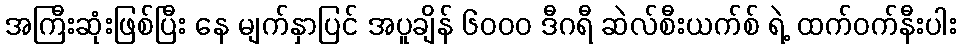
အကြီးဆုံးဖြစ်ပြီး နေ မျက်နှာပြင် အပူချိန် ၆၀၀၀ ဒီဂရီ ဆဲလ်စီးယက်စ် ရဲ့ ထက်ဝက်နီးပါး